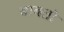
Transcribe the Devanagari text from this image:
बाबतो